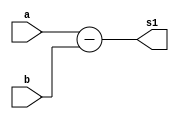
`timescale 1ns / 1ps

module substractor(s1,a,b);

input [31:0] a,b;
output reg [31:0]s1;

always @(a or b)
     begin
	   s1=a-b;
	  end
endmodule